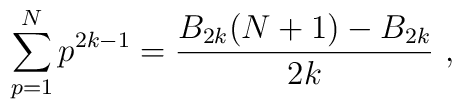
\sum_{p=1}^N p^{2k-1}={B_{2k}(N+1)-B_{2k}\over 2k} \ ,